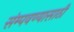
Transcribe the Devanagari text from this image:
संम्पवण्यासाठी